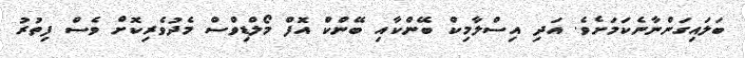
ބަލައިގަންނާނެކަމަށެވެ. އަދި އިސްލާމިކް ބޭންކާއި ބޭންކް އޮފް މޯލްޑިވްސް މެދުވެރިކޮށް ވެސް ފިތުރު